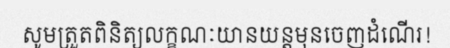
សូមត្រួតពិនិត្យលក្ខណៈយានយន្តមុនចេញដំណើរ!